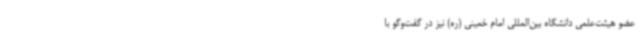
عضو هیئت‌علمی دانشگاه بین‌المللی امام خمینی (ره) نیز در گفت‌وگو با